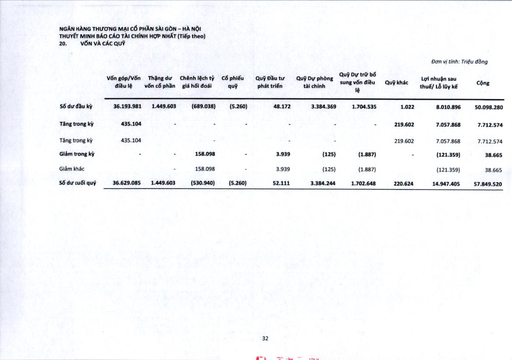
||Vốn góp/Vốn điều lệ|Thặng dư vốn cổ phần|Chênh lệch tỷ giá hối đoái|Cổ phiếu quỹ|Quỹ Đầu tư phát triển|Quỹ Dự phòng tài chính|Quỹ Dự trữ bổ sung vốn điều lệ|Quỹ khác|Lợi nhuận sau thuế/ Lũy kế|Cộng| |---|---|---|---|---|---|---|---|---|---|---| |Số dư đầu kỳ|36.193.981|1.449.603|(689.038)|(5.260)|48.172|3.384.369|1.704.535|1.022|8.010.896|50.098.280| |Tăng trong kỳ|435.104|-|-|-|-|-|-|219.602|7.057.868|7.712.574| |Tăng trong kỳ|435.104||-||-|-||219.602|7.057.868|7.712.574| |Giảm trong kỳ|-|-|158.098|-|3.939|(125)|(1.887)|-|(121.359)|38.665| |Giảm khác||-|158.098|-|3.939|(125)|(1.887)||(121.359)|38.665| |Số dư cuối quý|36.629.085|1.449.603|(530.940)|(5.260)|52.111|3.384.244|1.702.648|220.624|14.947.405|57.849.520| summarize: Báo cáo chi tiết về biến động vốn và các quỹ của ngân hàng, bao gồm số dư đầu kỳ, tăng giảm trong kỳ và số dư cuối kỳ metadata: {'company': 'Ngân Hàng Thương Mại Cổ Phần Sài Gòn - Hà Nội', 'report_type': 'Báo Cáo Tài Chính Hợp Nhất', 'report_date': '', 'statement': 'Thuyết Minh Báo Cáo Tài Chính', 'form_name': 'Bảng Biến Động Vốn', 'period': 'Chưa xác định'}